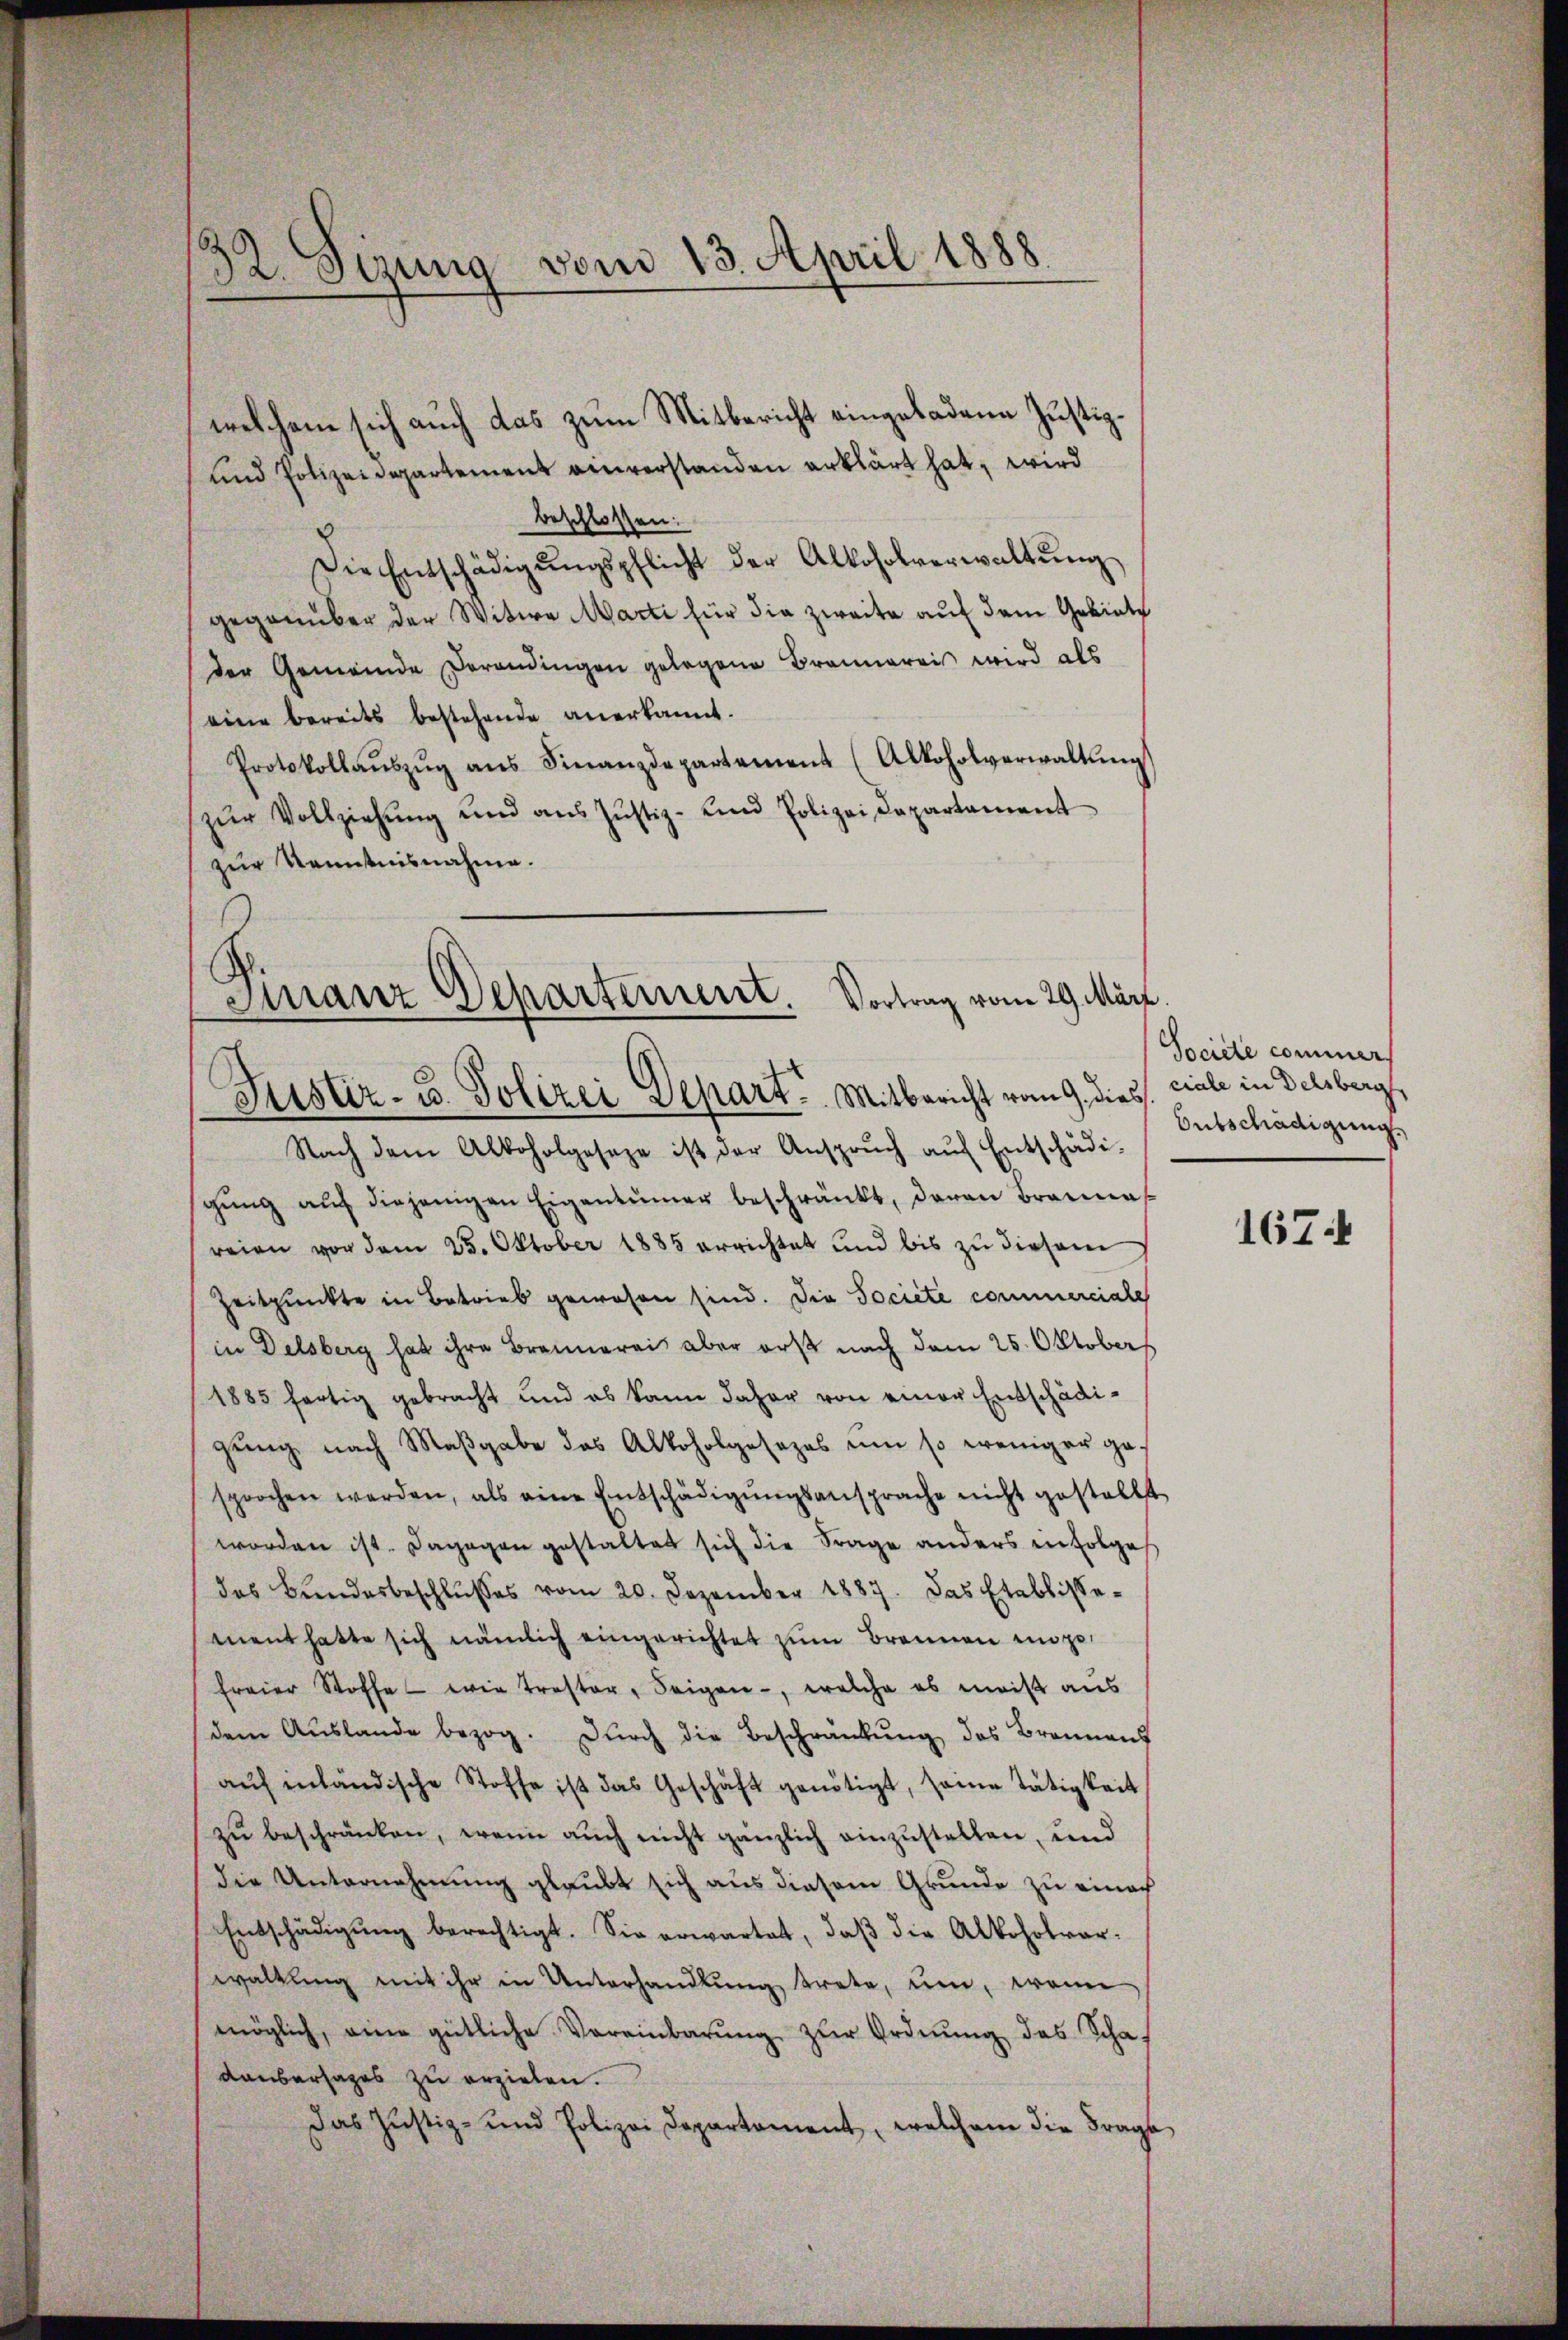
32. Sizung vom 13. April 1888

und Polizeidepartement einverstanden erklärt hat, wird
beschlossen:
Die Entschädigŭngspflicht der Alkoholverwaltŭng
gegenüber der Witwe Marti für die zweite auf dem Gebiete
der Gemeinde Verandingen gelegene Brannereis wird als
eine bereits bestehende anerkannt.
Protokollaŭszŭg ans Finanzdepartement (Alkoholverwaltŭng
zŭr Vollziehŭng und ans Justiz- und Polizei Departament
zur Kenntnisnahme.

welchem sich auch das zum Mitbericht eingeladene Justiz¬

Finanz-Departement. Vortrag vom 29. März.
Justiz- u. Polizei Depart. Mitbericht vom 9. dies viele in Delsberg,

Nach dem Alkoholgeseze ist der Anspruch auf Entschädigŭng aŭf diejenigen Eigentümer beschränkt, daran Brannes
reien vor dem 25. Oktober 1885 errichtet und bis zu diesem
Zeitpunkte in Betrieb gewesen sind. Die Societe commerciale
in Delsberg hat ihre Brennerei aber erst nach dem 25. Oktobers
1885 fertig gebracht und es kann daher von einer Entschädigung nach Maßgabe das Alkoholgesetzes um so weniger gesprochen werden, als eine Entschädigŭngsansprache nicht gestellt
worden ist. Dagegen gestattet sich die Frage anders in Folges
das Bundesbeschlŭsses vom 20. Dezember 1887. Das Etablisse-
ment hatte sich nämlich eingerichtet zum Brennen ungefreier Stoffe wie Trester, Seigen, welche es meist aus
dem Aŭslande bezog. Dŭrch die Beschränkŭng des Brennens
aŭf inländische Stoffe ist das Geschäft genötigt, seine Tätigkeit
zu beschränken, wenn auch nicht gänzlich einzustellen, und
die Unternehmung glaubt sich aus diesem Grunde zu einer
Entschädigŭng berechtigt. Sie erwartet, daβ die Alkoholvar-
waltung mit ihr in Unterhandlung trete, um, wenn
möglich, eine gütliche Vereinbarŭng zur Ordnung des Schaf
Kaubersages zu erziehen.
Das Justiz- und Polizei Departament, welchem die Frage

Société commer
Entschädigung

167.